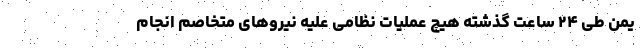
یمن طی ۲۴ ساعت گذشته هیچ عملیات نظامی علیه نیروهای متخاصم انجام‌